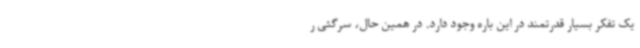
یک تفکر بسیار قدرتمند در این باره وجود دارد. در همین حال، سرگئی ر